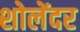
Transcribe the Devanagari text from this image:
शोलेंदर